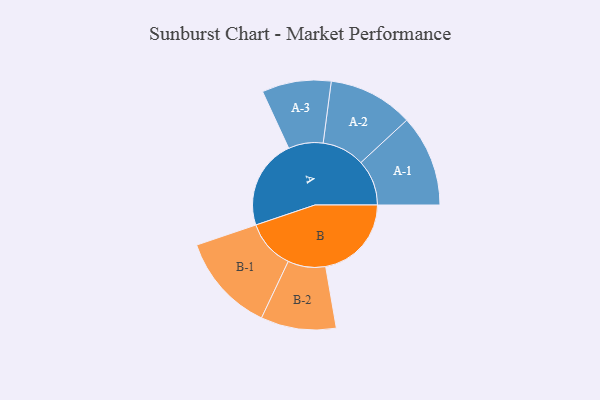
{"axis": {"x": "Segment", "y": "Value"}, "legend": ["", "A", "B"], "data": [{"x": "A", "y": 498, "type": ""}, {"x": "B", "y": 476, "type": ""}, {"x": "A-1", "y": 254, "type": "A"}, {"x": "A-2", "y": 236, "type": "A"}, {"x": "A-3", "y": 192, "type": "A"}, {"x": "B-1", "y": 273, "type": "B"}, {"x": "B-2", "y": 209, "type": "B"}]}